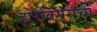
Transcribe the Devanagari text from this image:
झेरेक्सिसचा